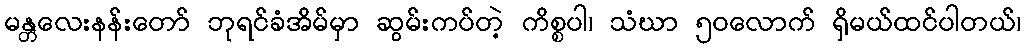
မန္တလေးနန်းတော် ဘုရင်ခံအိမ်မှာ ဆွမ်းကပ်တဲ့ ကိစ္စပါ၊ သံဃာ ၅၀လောက် ရှိမယ်ထင်ပါတယ်၊